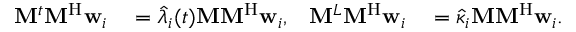
\begin{array} { r l r l } { \mathbf { M } ^ { t } \mathbf { M } ^ { \mathrm { H } } \mathbf { w } _ { i } } & { { } = \hat { \lambda } _ { i } ( t ) \mathbf { M } \mathbf { M } ^ { \mathrm { H } } \mathbf { w } _ { i } , } & { \mathbf { M } ^ { L } \mathbf { M } ^ { \mathrm { H } } \mathbf { w } _ { i } } & { { } = \hat { \kappa } _ { i } \mathbf { M } \mathbf { M } ^ { \mathrm { H } } \mathbf { w } _ { i } . } \end{array}